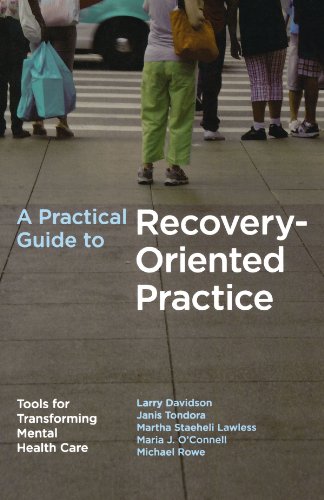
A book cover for A Practical Guide to Recovery-Oriented Practice: Tools for Transforming Mental Health Care; Larry Davidson; Medical Books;